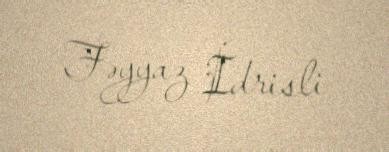
Fəyyaz İdrisli